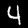
Label: 4